Tezpur Lunatic Asylum reports 1877-1894 - 1877-1894
Year: 1877
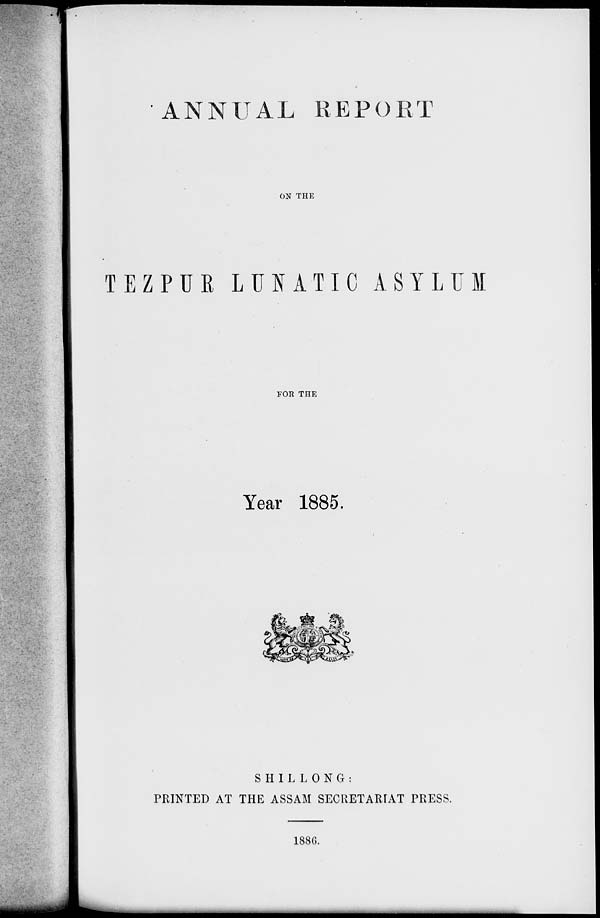
ANNUAL REPORT
ON THE
TEZPUR LUNATIC ASYLUM
FOR THE
Year 1885.
SHILLONG:
PRINTED AT THE ASSAM SECRETARIAT PRESS.
1880.